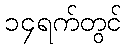
၁၄ရက်တွင်